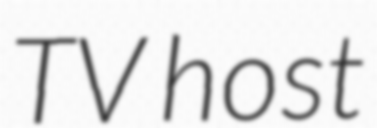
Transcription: TV host